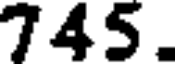
745.